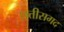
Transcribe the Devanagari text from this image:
छत्तीसगद